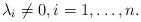
LaTeX: \begin{align*}\lambda_i \neq 0, i = 1, \dots, n.\end{align*}